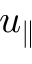
u _ { \parallel }